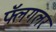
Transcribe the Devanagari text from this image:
फ्लॅगलर